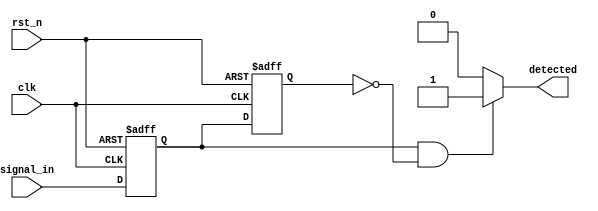
module DualFF_Detector (
    input wire clk,               // Clock signal
    input wire rst_n,             // Active low reset
    input wire signal_in,         // Input signal to be monitored
    output reg detected           // Output signal indicating detection
);

// Internal signals for flip-flop outputs
reg ff1_out;                    // Output of the first flip-flop
reg ff2_out;                    // Output of the second flip-flop

// Dual Flip-Flops for synchronization
always @(posedge clk or negedge rst_n) begin
    if (!rst_n) begin
        ff1_out <= 1'b0;         // Reset ff1
    end else begin
        ff1_out <= signal_in;    // Capture input signal in ff1
    end
end

always @(posedge clk or negedge rst_n) begin
    if (!rst_n) begin
        ff2_out <= 1'b0;         // Reset ff2
    end else begin
        ff2_out <= ff1_out;      // Capture ff1 output in ff2
    end
end

// Control Logic for Pattern Detection
always @(*) begin
    // Example: Detect rising edge of signal_in
    if (ff1_out && !ff2_out) begin
        detected = 1'b1;          // Rising edge detected
    end else begin
        detected = 1'b0;          // No detection
    end
end

endmodule